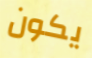
يكون